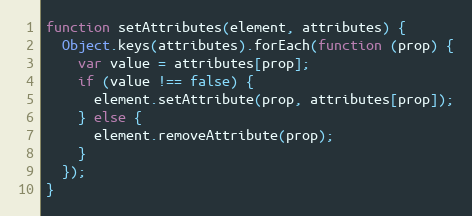
Language: JavaScript
function setAttributes(element, attributes) {
  Object.keys(attributes).forEach(function (prop) {
    var value = attributes[prop];
    if (value !== false) {
      element.setAttribute(prop, attributes[prop]);
    } else {
      element.removeAttribute(prop);
    }
  });
}